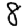
Digit: 8